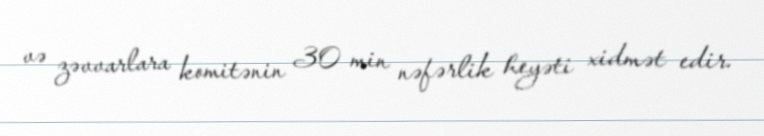
və zəvvarlara komitənin 30 min nəfərlik heyəti xidmət edir.